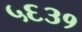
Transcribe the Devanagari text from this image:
५६३१